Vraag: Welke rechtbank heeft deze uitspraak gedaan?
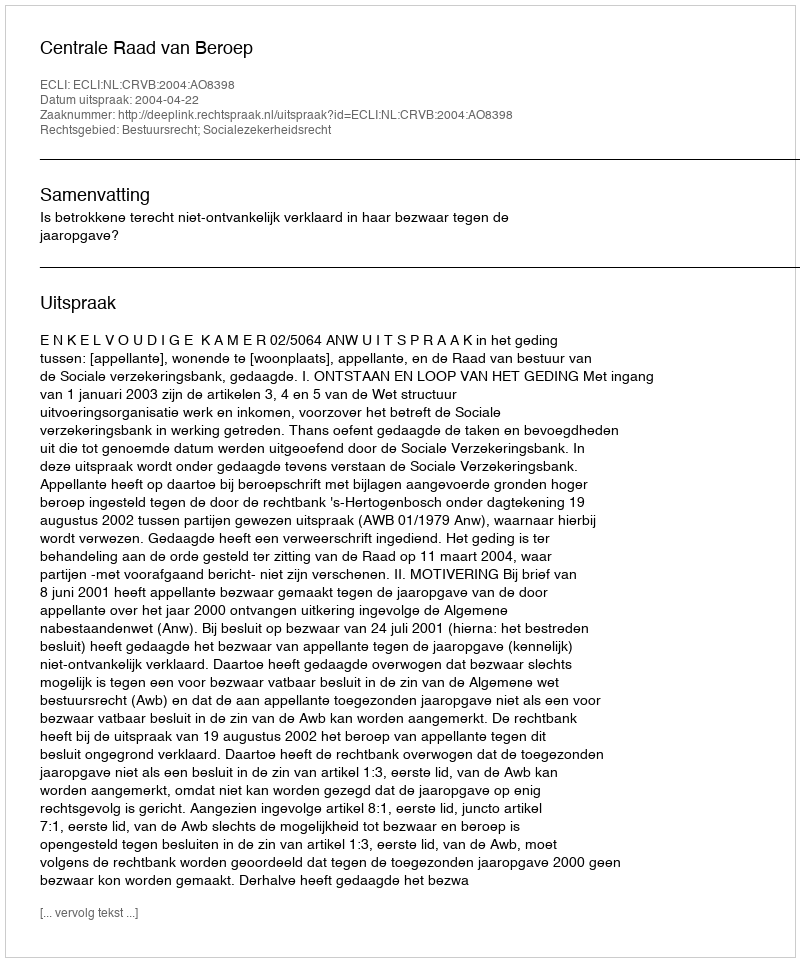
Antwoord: Centrale Raad van Beroep